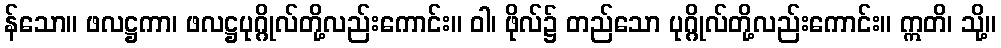
န်သော။ ဖလဋ္ဌကာ၊ ဖလဋ္ဌပုဂ္ဂိုလ်တို့လည်းကောင်း။ ဝါ၊ ဖိုလ်၌ တည်သော ပုဂ္ဂိုလ်တို့လည်းကောင်း။ ဣတိ၊ သို့။